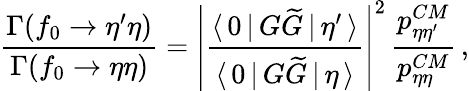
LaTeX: \frac{\Gamma(f_{0}\to\eta^{\prime}\eta)}{\Gamma(f_{0}\to\eta\eta)}=\left|\frac{\langle\, 0\, |\, G\widetilde{G}\, |\, \eta^{\prime}\, \rangle}{\langle\, 0\, |\, G\widetilde{G}\, |\, \eta\, \rangle}\right|^{2}\, \frac{p_{\eta\eta^{\prime}}^{CM}}{p_{\eta\eta}^{CM}}\, ,